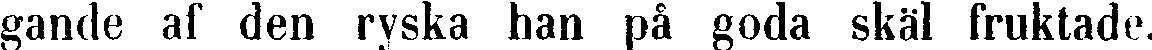
gande af den ryska han på goda skäl fruktade.